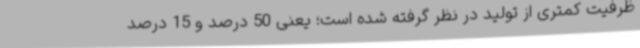
ظرفیت کمتری از تولید در نظر گرفته شده است؛ یعنی 50 درصد و 15 درصد